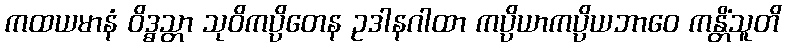
ကထယမာနံ ဝိဒ္ဓသ္တာ သုဝိကပ္ပိတေန ဥဒါနဂါထာ ကပ္ပိယာကပ္ပိယဘာဝေ ကန္တိံသူတိ